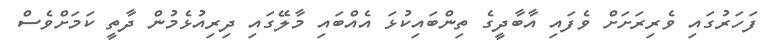
ފަހަރުގައި ވެރިރަށަށް ވެފައި އާބާދީގެ ތިންބައިކުޅަ އެއްބައި މާލޭގައި ދިރިއުޅެމުން ދާތީ ކަމަށްވެސް